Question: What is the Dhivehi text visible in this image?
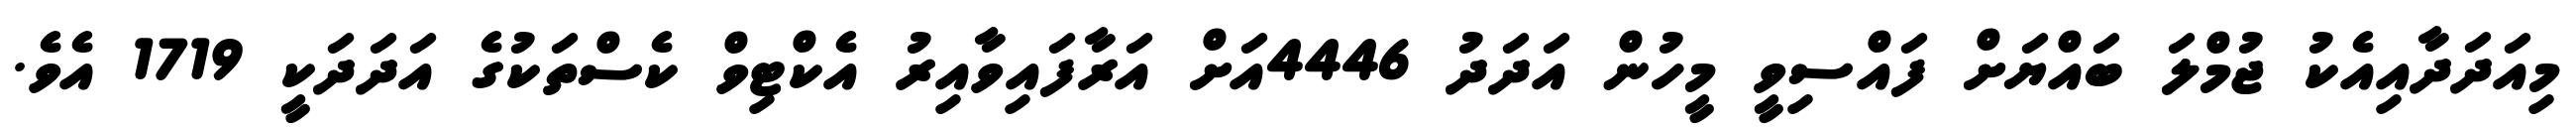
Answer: މިއަދަދާއިއެކު ޖުމްލަ ބައްޔަށް ފައްސިވީ މީހުން އަދަދު 4446އަށް އަރާފައިވާއިރު އެކްޓިވް ކެސްތަކުގެ އަދަދަކީ 1719 އެވެ.